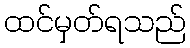
ထင်မှတ်ရသည်